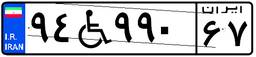
۹۴W۹۹۰۶۷